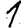
Digit: 1